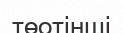
төотінші